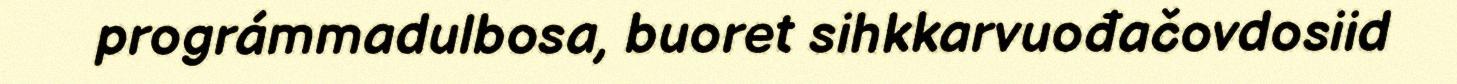
prográmmadulbosa, buoret sihkkarvuođačovdosiid